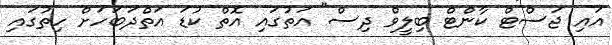
އައި ޖަސްޓް ކާންޓް ބިލީވް ދިސް" އަތުގައި އޮތް ކުޑަ އަތްދަބަހަށް ހިތުގައި